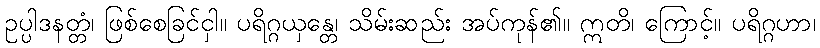
ဥပ္ပါဒနတ္တံ၊ ဖြစ်စေခြင်ငှါ။ ပရိဂ္ဂယှန္တေ၊ သိမ်းဆည်း အပ်ကုန်၏။ ဣတိ၊ ကြောင့်။ ပရိဂ္ဂဟာ၊